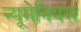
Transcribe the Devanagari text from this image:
न्यूमेनियस